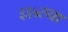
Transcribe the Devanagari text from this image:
३३५व्या